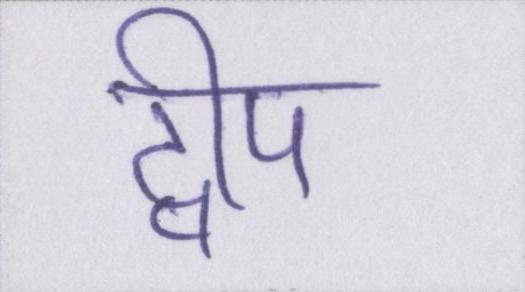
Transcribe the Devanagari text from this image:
द्वीप